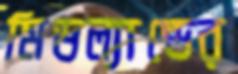
মিডল্যান্ডের